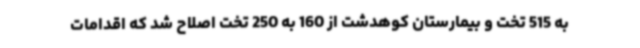
به 515 تخت و بیمارستان کوهدشت از 160 به 250 تخت اصلاح شد که اقدامات